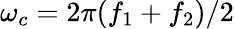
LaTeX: \omega_{c}=2\pi(f_{1}+f_{2})/2